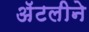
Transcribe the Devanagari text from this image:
अॅटलीने